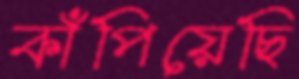
কাঁপিয়েছি